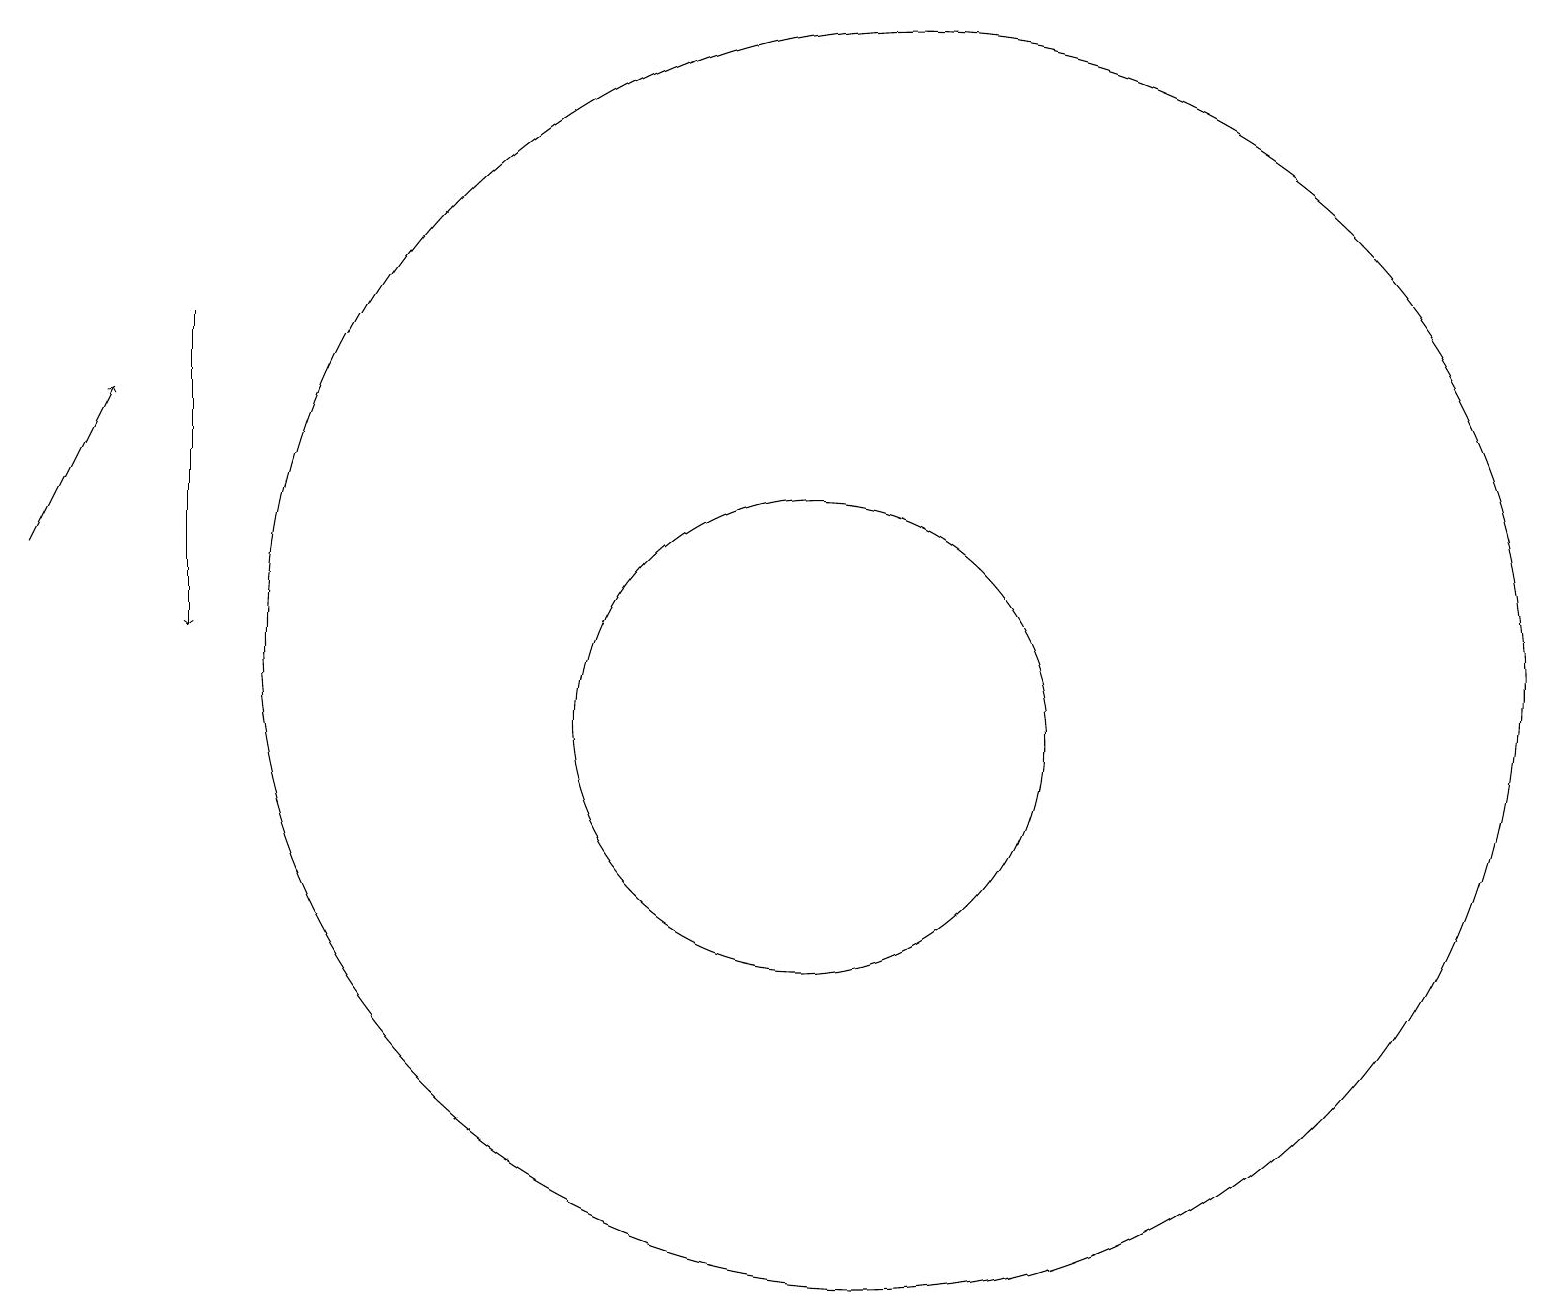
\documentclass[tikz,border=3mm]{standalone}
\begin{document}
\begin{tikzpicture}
\draw[->] (0,13) -- (1,15);
\draw[->] (2,16) -- (2,12);
\draw (10,11) circle (3);
\draw (10,10) circle (0);
\draw (11,12) circle (8);
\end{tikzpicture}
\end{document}